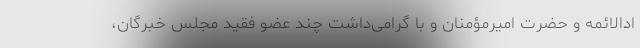
ادالائمه و حضرت امیرمؤمنان و با گرامی‌داشت چند عضو فقید مجلس خبرگان،